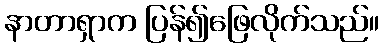
နာတာရှာက ပြန်၍ဖြေလိုက်သည်။